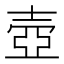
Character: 壺